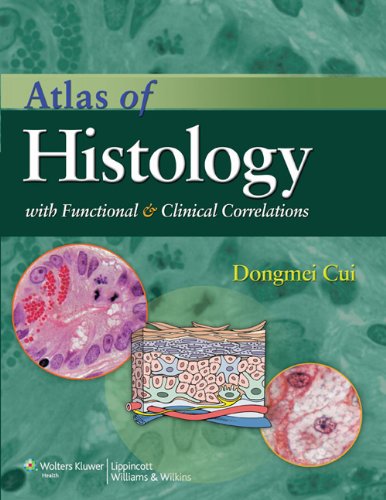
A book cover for Atlas of Histology with Functional and Clinical Correlations; Dongmei Cui MS; Medical Books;